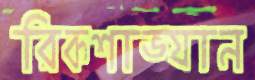
রিকশাভ্যান